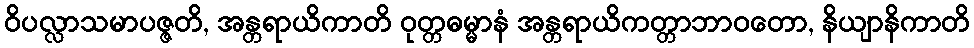
ဝိပလ္လာသမာပဇ္ဇတိ, အန္တရာယိကာတိ ဝုတ္တဓမ္မာနံ အန္တရာယိကတ္တာဘာဝတော, နိယျာနိကာတိ